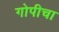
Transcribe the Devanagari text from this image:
गोपीचा